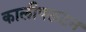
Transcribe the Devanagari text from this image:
कालीपलटन